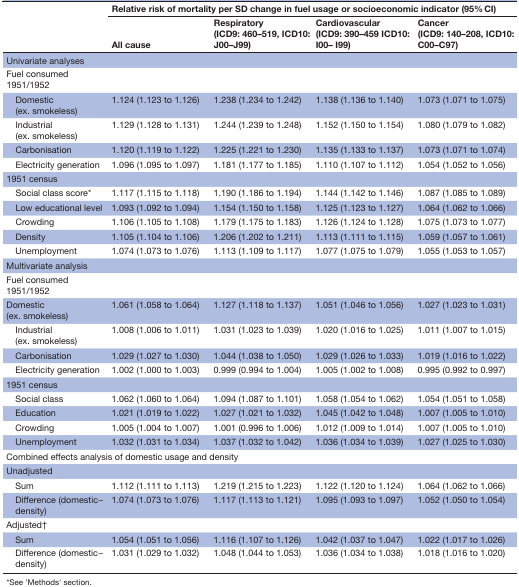
<table><thead><tr><td rowspan="2"></td><td colspan="4"><b>Relative risk of mortality per SD change in fuel usage or socioeconomic indicator (95% CI)</b></td></tr><tr><td><b>All cause</b></td><td><b>Respiratory (ICD9: 460–519, ICD10: J00–J99)</b></td><td><b>Cardiovascular (ICD9: 390–459 ICD10: I00– I99)</b></td><td><b>Cancer (ICD9: 140–208, ICD10: C00–C97)</b></td></tr></thead><tbody><tr><td colspan="5">Univariate analyses</td></tr><tr><td>Fuel consumed 1951/1952</td><td></td><td></td><td></td><td></td></tr><tr><td> Domestic(ex. smokeless)</td><td>1.124 (1.123 to 1.126)</td><td>1.238 (1.234 to 1.242)</td><td>1.138 (1.136 to 1.140)</td><td>1.073 (1.071 to 1.075)</td></tr><tr><td> Industrial(ex. smokeless)</td><td>1.129 (1.128 to 1.131)</td><td>1.244 (1.239 to 1.248)</td><td>1.152 (1.150 to 1.154)</td><td>1.080 (1.079 to 1.082)</td></tr><tr><td> Carbonisation</td><td>1.120 (1.119 to 1.122)</td><td>1.225 (1.221 to 1.230)</td><td>1.135 (1.133 to 1.137)</td><td>1.073 (1.071 to 1.074)</td></tr><tr><td> Electricity generation</td><td>1.096 (1.095 to 1.097)</td><td>1.181 (1.177 to 1.185)</td><td>1.110 (1.107 to 1.112)</td><td>1.054 (1.052 to 1.056)</td></tr><tr><td>1951 census</td><td></td><td></td><td></td><td></td></tr><tr><td> Social class score*</td><td>1.117 (1.115 to 1.118)</td><td>1.190 (1.186 to 1.194)</td><td>1.144 (1.142 to 1.146)</td><td>1.087 (1.085 to 1.089)</td></tr><tr><td> Low educational level</td><td>1.093 (1.092 to 1.094)</td><td>1.154 (1.150 to 1.158)</td><td>1.125 (1.123 to 1.127)</td><td>1.064 (1.062 to 1.066)</td></tr><tr><td> Crowding</td><td>1.106 (1.105 to 1.108)</td><td>1.179 (1.175 to 1.183)</td><td>1.126 (1.124 to 1.128)</td><td>1.075 (1.073 to 1.077)</td></tr><tr><td> Density</td><td>1.105 (1.104 to 1.106)</td><td>1.206 (1.202 to 1.211)</td><td>1.113 (1.111 to 1.115)</td><td>1.059 (1.057 to 1.061)</td></tr><tr><td> Unemployment</td><td>1.074 (1.073 to 1.076)</td><td>1.113 (1.109 to 1.117)</td><td>1.077 (1.075 to 1.079)</td><td>1.055 (1.053 to 1.057)</td></tr><tr><td colspan="5">Multivariate analysis</td></tr><tr><td>Fuel consumed 1951/1952</td><td></td><td></td><td></td><td></td></tr><tr><td>Domestic (ex. smokeless)</td><td>1.061 (1.058 to 1.064)</td><td>1.127 (1.118 to 1.137)</td><td>1.051 (1.046 to 1.056)</td><td>1.027 (1.023 to 1.031)</td></tr><tr><td> Industrial(ex. smokeless)</td><td>1.008 (1.006 to 1.011)</td><td>1.031 (1.023 to 1.039)</td><td>1.020 (1.016 to 1.025)</td><td>1.011 (1.007 to 1.015)</td></tr><tr><td> Carbonisation</td><td>1.029 (1.027 to 1.030)</td><td>1.044 (1.038 to 1.050)</td><td>1.029 (1.026 to 1.033)</td><td>1.019 (1.016 to 1.022)</td></tr><tr><td> Electricity generation</td><td>1.002 (1.000 to 1.003)</td><td>0.999 (0.994 to 1.004)</td><td>1.005 (1.002 to 1.008)</td><td>0.995 (0.992 to 0.997)</td></tr><tr><td>1951 census</td><td></td><td></td><td></td><td></td></tr><tr><td> Social class</td><td>1.062 (1.060 to 1.064)</td><td>1.094 (1.087 to 1.101)</td><td>1.058 (1.054 to 1.062)</td><td>1.054 (1.051 to 1.058)</td></tr><tr><td> Education</td><td>1.021 (1.019 to 1.022)</td><td>1.027 (1.021 to 1.032)</td><td>1.045 (1.042 to 1.048)</td><td>1.007 (1.005 to 1.010)</td></tr><tr><td> Crowding</td><td>1.005 (1.004 to 1.007)</td><td>1.001 (0.996 to 1.006)</td><td>1.012 (1.009 to 1.014)</td><td>1.007 (1.005 to 1.010)</td></tr><tr><td> Unemployment</td><td>1.032 (1.031 to 1.034)</td><td>1.037 (1.032 to 1.042)</td><td>1.036 (1.034 to 1.039)</td><td>1.027 (1.025 to 1.030)</td></tr><tr><td colspan="5">Combined effects analysis of domestic usage and density</td></tr><tr><td>Unadjusted</td><td></td><td></td><td></td><td></td></tr><tr><td> Sum</td><td>1.112 (1.111 to 1.113)</td><td>1.219 (1.215 to 1.223)</td><td>1.122 (1.120 to 1.124)</td><td>1.064 (1.062 to 1.066)</td></tr><tr><td> Difference (domestic−density)</td><td>1.074 (1.073 to 1.076)</td><td>1.117 (1.113 to 1.121)</td><td>1.095 (1.093 to 1.097)</td><td>1.052 (1.050 to 1.054)</td></tr><tr><td>Adjusted†</td><td></td><td></td><td></td><td></td></tr><tr><td> Sum</td><td>1.054 (1.051 to 1.056)</td><td>1.116 (1.107 to 1.126)</td><td>1.042 (1.037 to 1.047)</td><td>1.022 (1.017 to 1.026)</td></tr><tr><td> Difference (domestic−density)</td><td>1.031 (1.029 to 1.032)</td><td>1.048 (1.044 to 1.053)</td><td>1.036 (1.034 to 1.038)</td><td>1.018 (1.016 to 1.020)</td></tr></tbody></table>